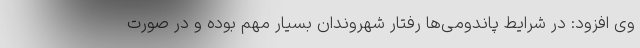
وی افزود: در شرایط پاندومی‌ها رفتار شهروندان بسیار مهم بوده و در صورت